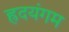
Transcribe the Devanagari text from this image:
ह्रदयंगम